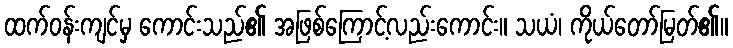
ထက်ဝန်းကျင်မှ ကောင်းသည်၏ အဖြစ်ကြောင့်လည်းကောင်း။ သယံ၊ ကိုယ်တော်မြတ်၏။